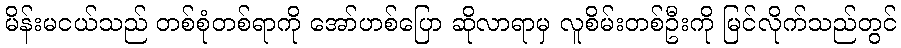
မိန်းမငယ်သည် တစ်စုံတစ်ရာကို အော်ဟစ်ပြော ဆိုလာရာမှ လူစိမ်းတစ်ဦးကို မြင်လိုက်သည်တွင်